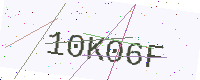
Text: 10K06F